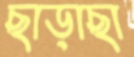
ছাড়াছা